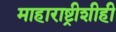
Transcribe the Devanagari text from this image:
माहाराष्ट्रीशीही